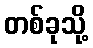
တစ်ခုသို့